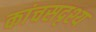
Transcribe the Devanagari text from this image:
कांचसदृश्य